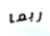
ربما